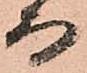
而